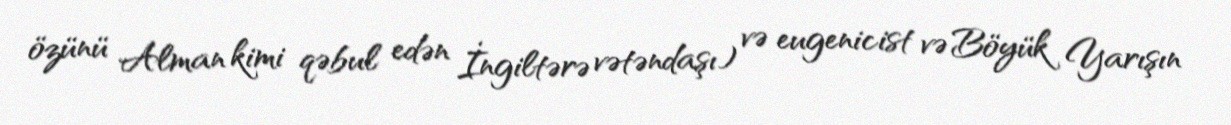
özünü Alman kimi qəbul edən İngiltərə vətəndaşı) və eugenicist və Böyük Yarışın